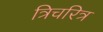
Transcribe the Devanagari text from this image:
त्रिचरित्र